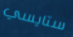
ستايسي